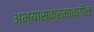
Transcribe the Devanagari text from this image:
अभ्यासक्रमांवरील